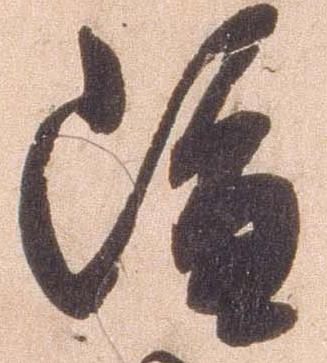
雖